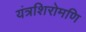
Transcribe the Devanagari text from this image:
यंत्रशिरोमणि